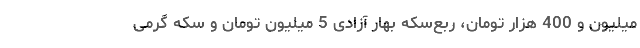
میلیون و 400 هزار تومان، ربع‌سکه بهار آزادی 5 میلیون تومان و سکه گرمی